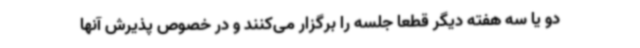
دو یا سه هفته دیگر قطعا جلسه را برگزار می‌کنند و در خصوص پذیرش آنها